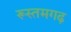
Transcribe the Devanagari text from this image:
रूस्तमगढ़